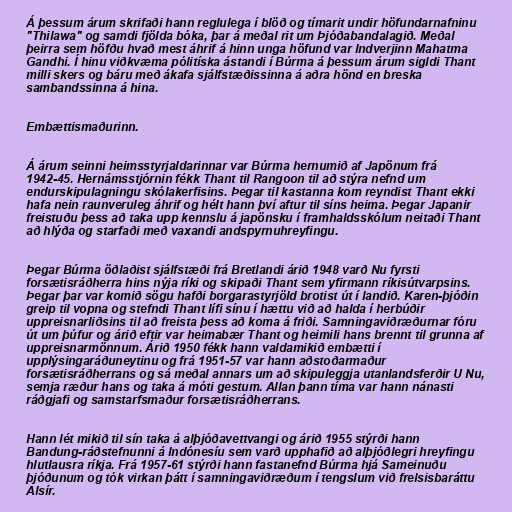
Á þessum árum skrifaði hann reglulega í blöð og tímarit undir höfundarnafninu
"Thilawa" og samdi fjölda bóka, þar á meðal rit um Þjóðabandalagið. Meðal
þeirra sem höfðu hvað mest áhrif á hinn unga höfund var Indverjinn Mahatma
Gandhi. Í hinu viðkvæma pólitíska ástandi í Búrma á þessum árum sigldi Thant
milli skers og báru með ákafa sjálfstæðissinna á aðra hönd en breska
sambandssinna á hina.

Embættismaðurinn.

Á árum seinni heimsstyrjaldarinnar var Búrma hernumið af Japönum frá
1942-45. Hernámsstjórnin fékk Thant til Rangoon til að stýra nefnd um
endurskipulagningu skólakerfisins. Þegar til kastanna kom reyndist Thant ekki
hafa nein raunveruleg áhrif og hélt hann því aftur til síns heima. Þegar Japanir
freistuðu þess að taka upp kennslu á japönsku í framhaldsskólum neitaði Thant
að hlýða og starfaði með vaxandi andspyrnuhreyfingu.

Þegar Búrma öðlaðist sjálfstæði frá Bretlandi árið 1948 varð Nu fyrsti
forsætisráðherra hins nýja ríki og skipaði Thant sem yfirmann ríkisútvarpsins.
Þegar þar var komið sögu hafði borgarastyrjöld brotist út í landið. Karen-þjóðin
greip til vopna og stefndi Thant lífi sínu í hættu við að halda í herbúðir
uppreisnarliðsins til að freista þess að koma á friði. Samningaviðræðurnar fóru
út um þúfur og árið eftir var heimabær Thant og heimili hans brennt til grunna af
uppreisnarmönnum. Árið 1950 fékk hann valdamikið embætti í
upplýsingaráðuneytinu og frá 1951-57 var hann aðstoðarmaður
forsætisráðherrans og sá meðal annars um að skipuleggja utanlandsferðir U Nu,
semja ræður hans og taka á móti gestum. Allan þann tíma var hann nánasti
ráðgjafi og samstarfsmaður forsætisráðherrans.

Hann lét mikið til sín taka á alþjóðavettvangi og árið 1955 stýrði hann
Bandung-ráðstefnunni á Indónesíu sem varð upphafið að alþjóðlegri hreyfingu
hlutlausra ríkja. Frá 1957-61 stýrði hann fastanefnd Búrma hjá Sameinuðu
þjóðunum og tók virkan þátt í samningaviðræðum í tengslum við frelsisbaráttu
Alsír.